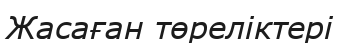
Жасаған төреліктері